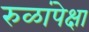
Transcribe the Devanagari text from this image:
रुळांपेक्षा